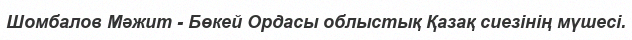
Шомбалов Мәжит - Бөкей Ордасы облыстық Қазақ сиезінің мүшесі.